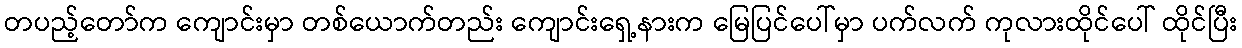
တပည့်တော်က ကျောင်းမှာ တစ်ယောက်တည်း ကျောင်းရှေ့နားက မြေပြင်ပေါ်မှာ ပက်လက် ကုလားထိုင်ပေါ် ထိုင်ပြီး